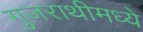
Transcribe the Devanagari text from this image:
गुजराथीमध्ये